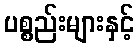
ပစ္စည်းများနှင့်